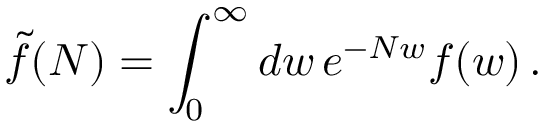
{ \tilde { f } } ( N ) = \int _ { 0 } ^ { \infty } d w \, e ^ { - N w } f ( w ) \, .